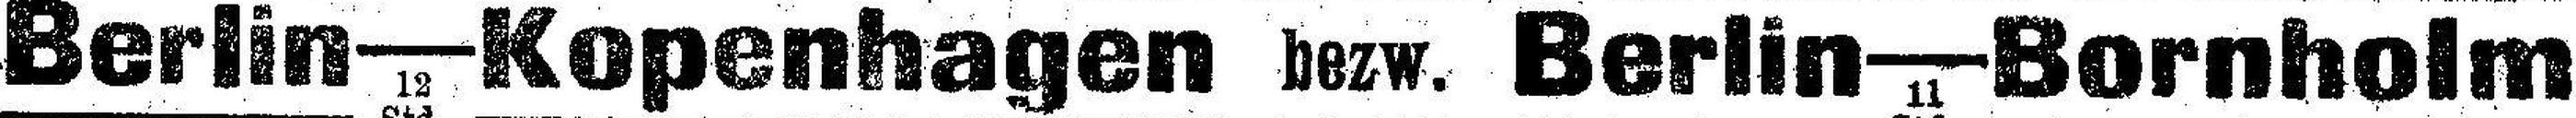
Berlin—Kopenhagen bezw. Berlin—Bornholm